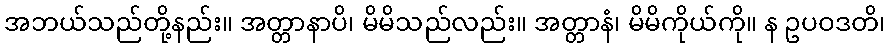
အဘယ်သည်တို့နည်း။ အတ္တာနာပိ၊ မိမိသည်လည်း။ အတ္တာနံ၊ မိမိကိုယ်ကို။ န ဥပဝဒတိ၊